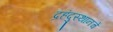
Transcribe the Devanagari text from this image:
द्रहंदुस्थानचे